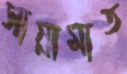
সান্নামাত